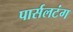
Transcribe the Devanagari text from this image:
पार्सलटंग